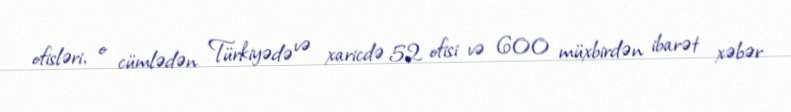
ofisləri, o cümlədən Türkiyədə və xaricdə 52 ofisi və 600 müxbirdən ibarət xəbər